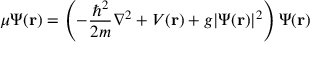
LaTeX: \mu \Psi ( \mathbf { r } ) = \left( - { \frac { \hbar ^ { 2 } } { 2 m } } \nabla ^ { 2 } + V ( \mathbf { r } ) + g \vert \Psi ( \mathbf { r } ) \vert ^ { 2 } \right) \Psi ( \mathbf { r } )